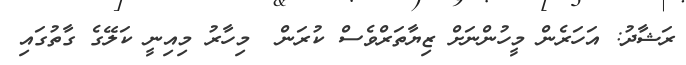
ރަޝާދު: އަހަރެން މީހުންނަށް ޒިޔާތަރްވެސް ކުރަން  މިހާރު މިއިނީ ކަލޭގެ ގާތުގައި